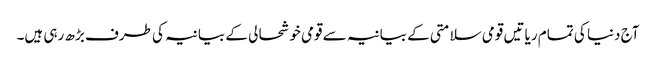
آج دنیا کی تمام ریا تیں قومی سلامتی کے بیانیہ سے قومی خوشحا لی کے بیانیہ کی طرف بڑھ رہی ہیں۔